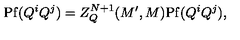
\mathrm { P f } ( Q ^ { i } Q ^ { j } ) = Z _ { Q } ^ { N + 1 } ( M ^ { \prime } , M ) \mathrm { P f } ( Q ^ { i } Q ^ { j } ) ,